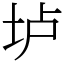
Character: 垆